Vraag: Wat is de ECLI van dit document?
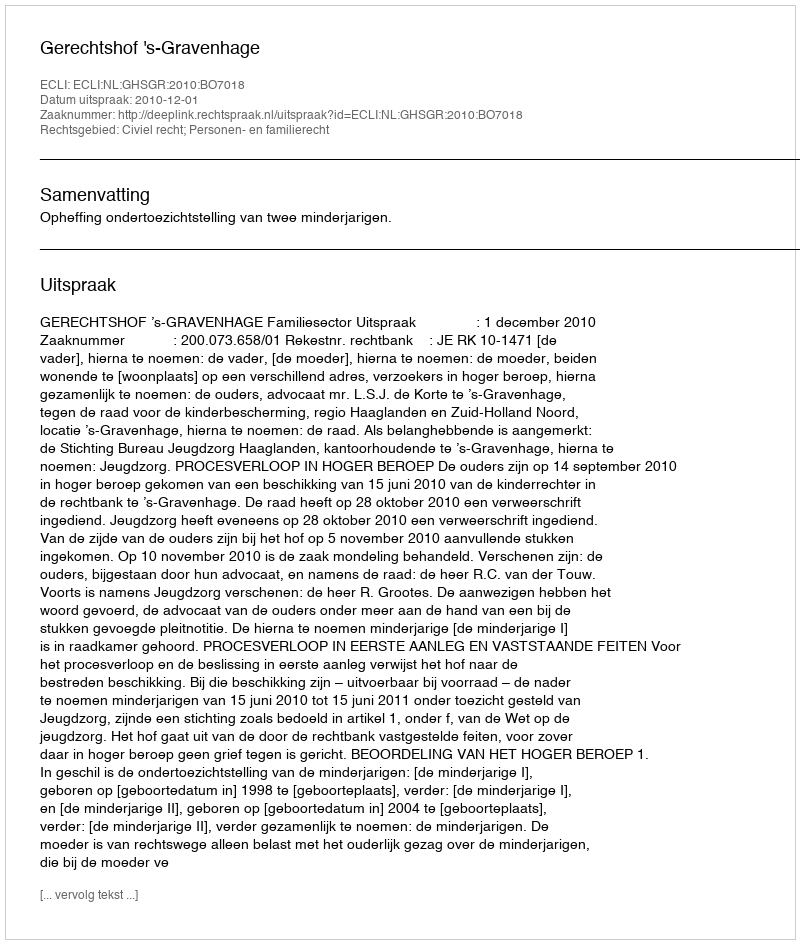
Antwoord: ECLI:NL:GHSGR:2010:BO7018